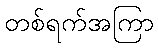
တစ်ရက်အကြာ